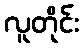
လူတိုင်း